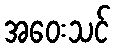
အဝေးသင်